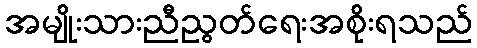
အမျိုးသားညီညွတ်ရေးအစိုးရသည်